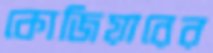
কোজিয়ারের